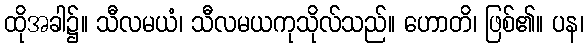
ထိုအခါ၌။ သီလမယံ၊ သီလမယကုသိုလ်သည်။ ဟောတိ၊ ဖြစ်၏။ ပန၊